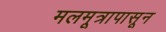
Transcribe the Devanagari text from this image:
मलमूत्रापासून